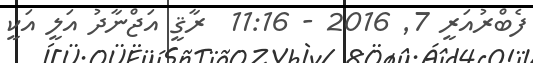
ފެބްރުއަރީ 7